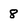
Character: 8